Civil Veterinary Dept. North-West Frontier Province 1933-46 - 1933-1946
Year: 1933
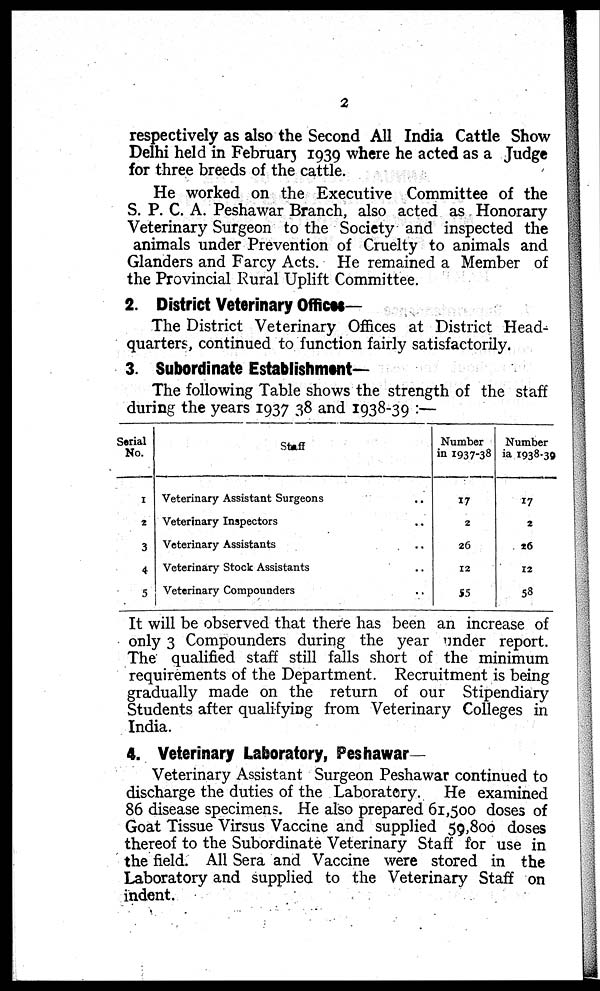
2
respectively as also the Second All India Cattle Show
Delhi held in February 1939 where he acted as a Judge
for three breeds of the cattle.
He worked on the Executive Committee of the
S. P. C. A. Peshawar Branch, also acted as Honorary
Veterinary Surgeon to the Society and inspected the
animals under Prevention of Cruelty to animals and
Glanders and Farcy Acts. He remained a Member of
the Provincial Rural Uplift Committee.
2. District Veterinary Offices—
The District Veterinary Offices at District Head-
quarters, continued to function fairly satisfactorily.
3. Subordinate Establishment—
The following Table shows the strength of the staff
during the years 1937 38 and 1938-39 :—
Serial
No.
1
2
3
4
5
Staff
Veterinary Assistant Surgeons ..
Veterinary Inspectors ..
Veterinary Assistants ..
Veterinary Stock Assistants ..
Veterinary Compounders ..
Number
in 1937-38
17
2
26
12
55
Number
in 1938-39
17
2
26
12
58
It will be observed that there has been an increase of
only 3 Compounders during the year under report.
The qualified staff still falls short of the minimum
requirements of the Department. Recruitment is being
gradually made on the return of our Stipendiary
Students after qualifying from Veterinary Colleges in
India.
4. Veterinary Laboratory, Peshawar
Veterinary Assistant Surgeon Peshawar continued to
discharge the duties of the Laboratory. He examined
86 disease specimens. He also prepared 61,500 doses of
Goat Tissue Virsus Vaccine and supplied 59,800 doses
thereof to the Subordinate Veterinary Staff for use in
the field. All Sera and Vaccine were stored in the
Laboratory and supplied to the Veterinary Staff on
indent.